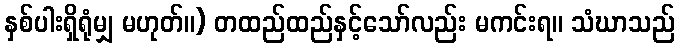
နှစ်ပါးရှိရုံမျှ မဟုတ်။) တထည်ထည်နှင့်သော်လည်း မကင်းရ။ သံဃာသည်